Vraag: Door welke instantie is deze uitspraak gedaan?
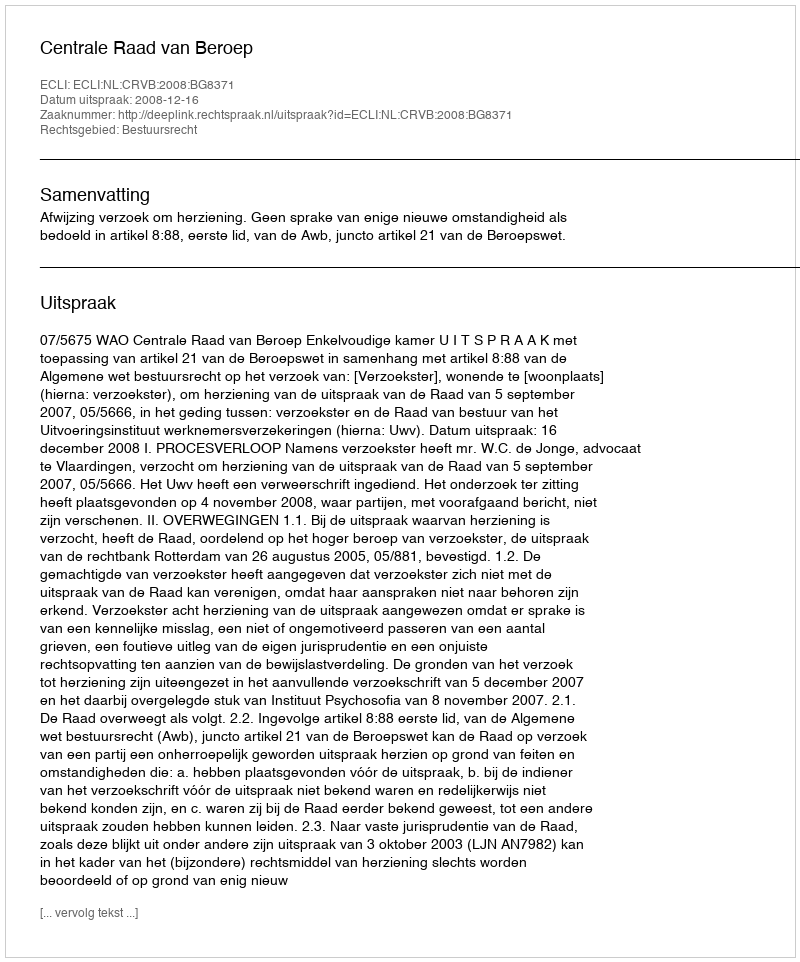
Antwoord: Centrale Raad van Beroep